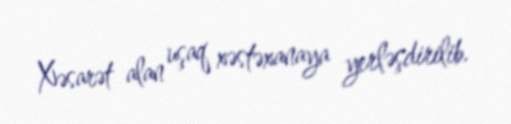
Xəsarət alan uşaq xəstəxanaya yerləşdirilib.